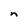
Character: n